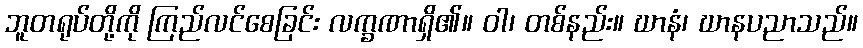
ဘူတရုပ်တို့ကို ကြည်လင်စေခြင်း လက္ခဏာရှိ၏။ ဝါ၊ တစ်နည်း။ ဃာနံ၊ ဃာနပညာသည်။